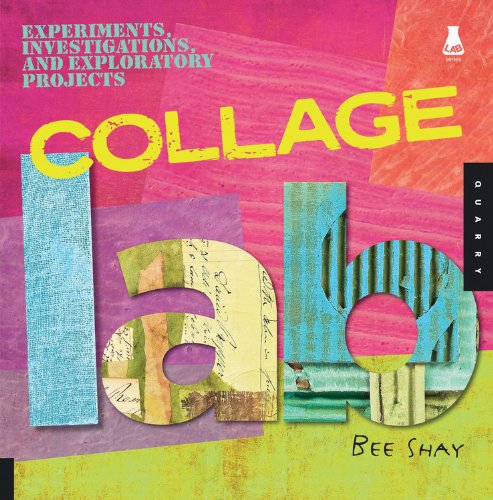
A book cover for Collage Lab: Experiments, Investigations, and Exploratory Projects (Lab Series); Bee Shay; Crafts, Hobbies & Home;